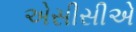
એસીસીએ